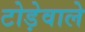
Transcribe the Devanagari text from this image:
टोड़ेवाले